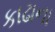
કાઢાના